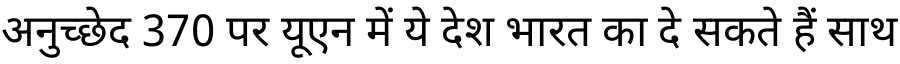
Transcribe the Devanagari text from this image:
अनुच्छेद 370 पर यूएन में ये देश भारत का दे सकते हैं साथ